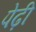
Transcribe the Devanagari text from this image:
पेढ़ी